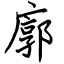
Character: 廓